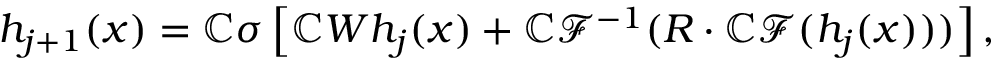
h _ { j + 1 } ( x ) = \mathbb { C } \sigma \left[ \mathbb { C } W h _ { j } ( x ) + \mathbb { C } \mathcal { F } ^ { - 1 } ( R \cdot \mathbb { C } \mathcal { F } ( h _ { j } ( x ) ) ) \right] ,